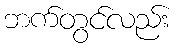
ဘက်တွင်လည်း